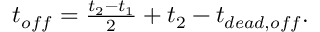
\begin{array} { r } { t _ { o f f } = \frac { t _ { 2 } - t _ { 1 } } { 2 } + t _ { 2 } - t _ { d e a d , o f f } . } \end{array}